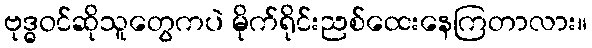
ဗုဒ္ဓဝင်ဆိုသူတွေကပဲ မိုက်ရိုင်းညစ်ထေးနေကြတာလား။